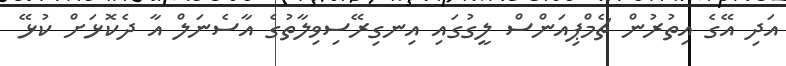
އަދި އޭގެ އިތުރުން ޗެމްޕިއަންސް ލީގުގައި އިނގިރޭސިވިލާތުގެ އާސެނަލް އާ ދެކޮޅަށް ކުޅޭ